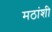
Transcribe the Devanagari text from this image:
मठांशी